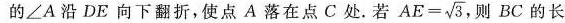
的 ∠A 沿 DE 向下翻折，使点 A 落在点 C 处。若 $$A E = \sqrt { 3 }$$ 则 BC 的长